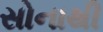
સોનાથી